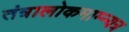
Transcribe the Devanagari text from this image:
तंत्रालोकमाम्न्यत्र